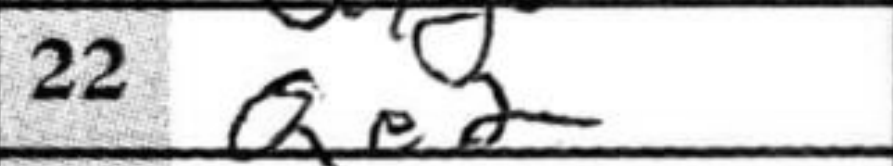
Transcription: Qe2